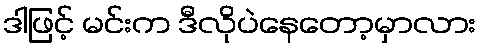
ဒါဖြင့် မင်းက ဒီလိုပဲနေတော့မှာလား